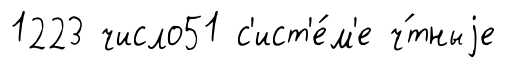
1223 число51 с'ист'е́м'е ч́тныjе